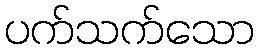
ပက်သက်သော